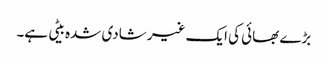
بڑے بھائی کی ایک غیر شادی شدہ بیٹی ہے۔